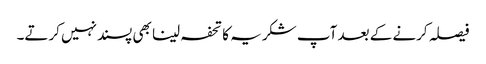
فیصلہ کرنے کے بعد آپ شکریہ کا تحفہ لینا بھی پسندنہیں کرتے۔